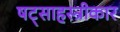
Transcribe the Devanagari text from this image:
षट्साहस्त्रीकार